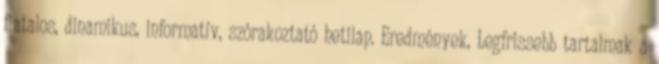
fiatalos, dinamikus, informatív, szórakoztató hetilap. Eredmények, Legfrissebb tartalmak a